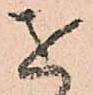
を